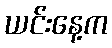
ယင်းနေ့က